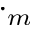
\cdot _ { m }